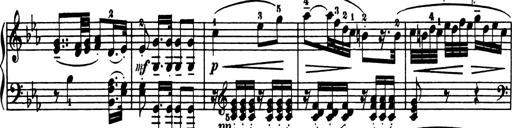
Title: Sonatina in G major
Composer: Friedrich Kuhlau
Key: G major